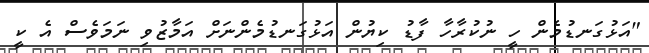
"އަޅުގަނޑުމެން ހީ ނުކުރާހާ ފާޑު ކިޔުން އަޅުގަނޑުމެންނަށް އަމާޒުވި ނަމަވެސް އެ ކީ